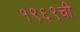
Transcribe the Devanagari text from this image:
१९६९ची